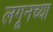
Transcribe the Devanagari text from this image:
लगूनच्या